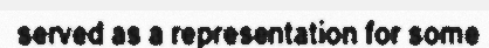
served as a representation for some